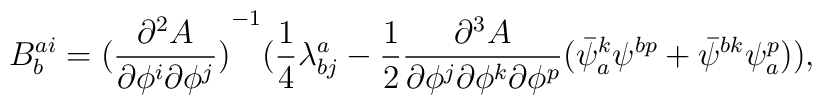
B^{ai}_b ={(\frac{\partial^2 A}{\partial \phi^i \partial \phi^j})}^{-1}(\frac{1}{4} \lambda^{a}_{bj} - \frac{1}{2}\frac{\partial^3 A}{\partial \phi^j \partial \phi^k \partial \phi^p}(\bar \psi^k_a \psi^{bp} + \bar \psi^{bk} \psi_{a}^p)) ,